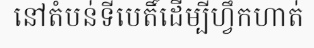
នៅតំបន់ទីបេតិ៍ដើម្បីហ្វឹកហាត់